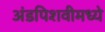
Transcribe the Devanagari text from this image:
अंडपिशवीमध्ये